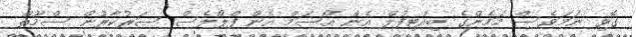
ގޮވި ނަމަވެސް މަމެންގެ ބިއުޓިފުލް އެން އޯސަމް އެން ފްލޯލެސް ސަރުކާރުން ސްމޫތް